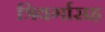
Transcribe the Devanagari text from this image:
त्रिवर्गासह